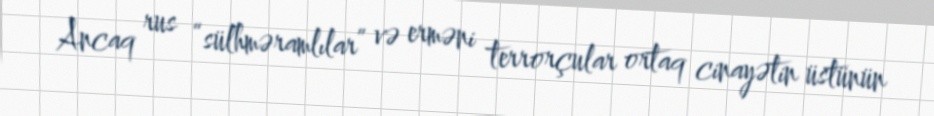
Ancaq rus “sülhməramlılar” və erməni terrorçular ortaq cinayətin üstünün